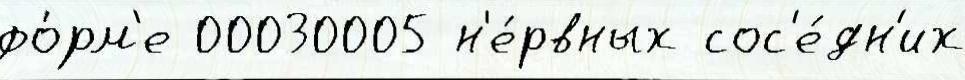
фо́рм'е 00030005 н'е́рвных сос'е́дн'их